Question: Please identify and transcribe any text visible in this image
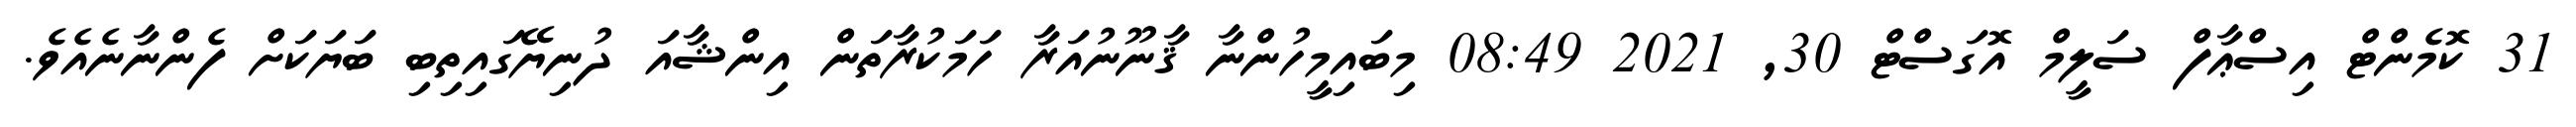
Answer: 31 ކޮމެންޓް އިސްޢާފް ސަލީމް އޮގަސްޓް 30, 2021 08:49 މިބައިމީހުންނާ ޤާނޫނުއަރާ ހަމަކުރާތަން އިންޝާއަ ދުނިޔޭގައިތިބި ބަޔަކަށް ފެންނާނެއެވެ.